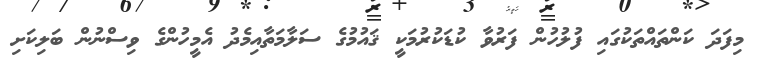
މިފަދަ ކަންތައްތަކުގައި ފުލުހުން ފަރުވާ ކުޑަކުރުމަކީ ޤައުމުގެ ސަލާމަތާއިމެދު އެމީހުންގެ ވިސްނުން ބަލިކަށި